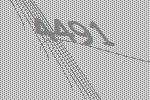
4491